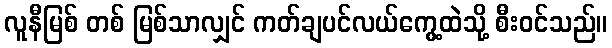
လူနီမြစ် တစ် မြစ်သာလျှင် ကတ်ချပင်လယ်ကွေ့ထဲသို့ စီးဝင်သည်။